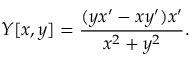
Y [ x , y ] = { \frac { ( y x ^ { \prime } - x y ^ { \prime } ) x ^ { \prime } } { x ^ { 2 } + y ^ { 2 } } } .